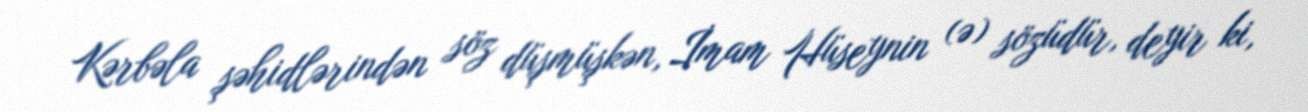
Kərbəla şəhidlərindən söz düşmüşkən, İmam Hüseynin (ə) sözüdür, deyir ki,